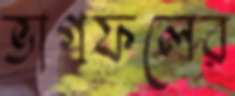
ভাগফলের